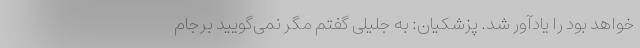
خواهد بود را یادآور شد. پزشکیان: به جلیلی گفتم مگر نمی‌گویید برجام